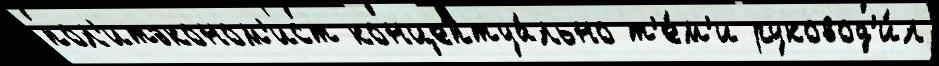
пол'итэконом'ист концептуа́льно т'е́м'и руковод'и́л